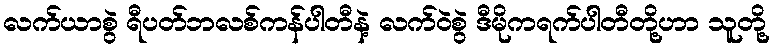
လက်ယာစွဲ ရီပတ်ဘလစ်ကန်ပါတီနဲ့ လက်ဝဲစွဲ ဒီမိုကရက်ပါတီတို့ဟာ သူတို့